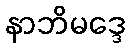
နာဘိမဒ္ဒေ